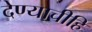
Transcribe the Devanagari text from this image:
देण्याचीहि